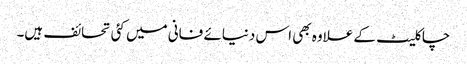
چاکلیٹ کے علاوہ بھی اس دنیائے فانی میں کئی تحائف ہیں۔